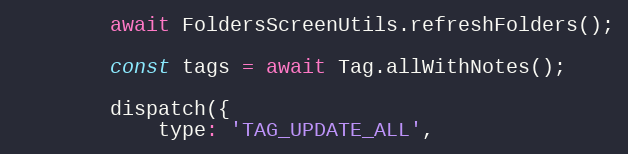
Language: JavaScript
		await FoldersScreenUtils.refreshFolders();

		const tags = await Tag.allWithNotes();

		dispatch({
			type: 'TAG_UPDATE_ALL',